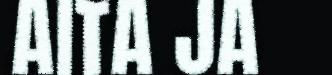
AITA JA